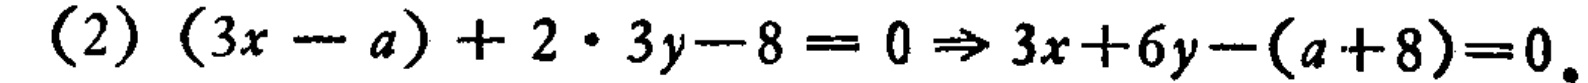
(2) \((3x - a)+2\cdot 3y - 8 = 0\Rightarrow 3x + 6y-(a + 8)=0\)